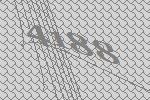
4188